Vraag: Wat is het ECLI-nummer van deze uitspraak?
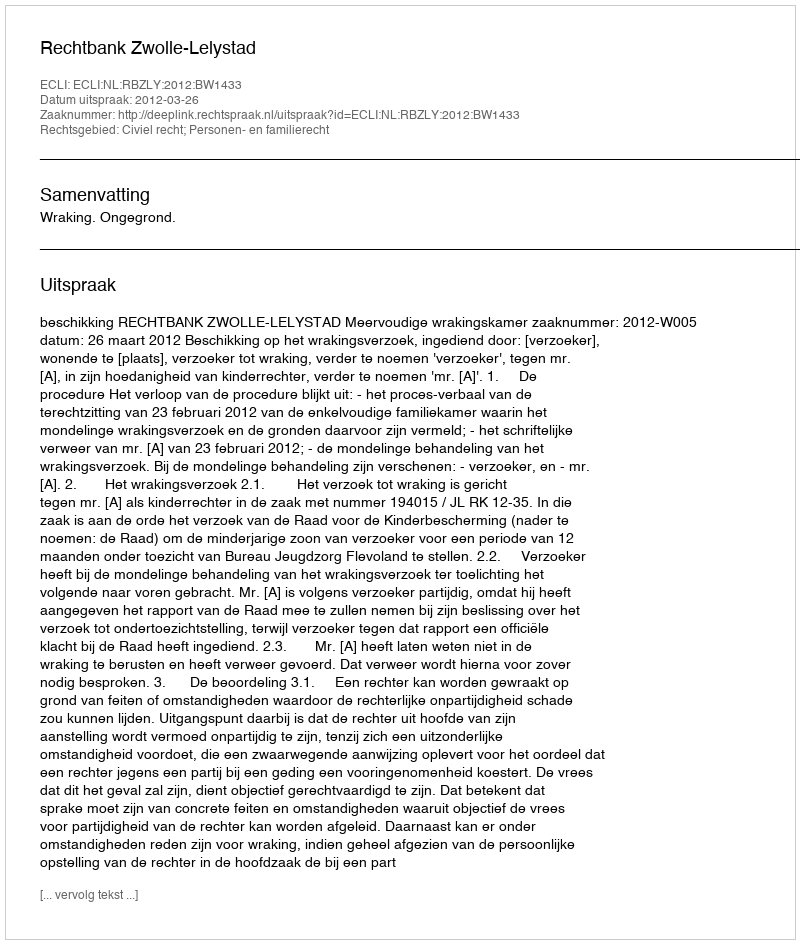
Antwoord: ECLI:NL:RBZLY:2012:BW1433